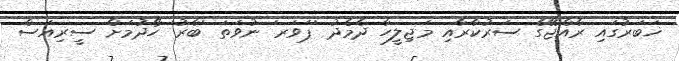
ޚަބަރުގައި ރާއްޖޭގެ ސަރުކާރާއި މަޖިލީހާ ދެމެދު 'ޕަވަރ' ނުވަތަ 'ބާރު' ހޯދުމަށް ސީރިއަސް